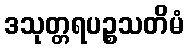
ဒသုတ္တရပဉ္စသတိမံ